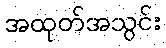
အထုတ်အသွင်း